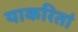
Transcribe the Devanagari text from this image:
याकरितां